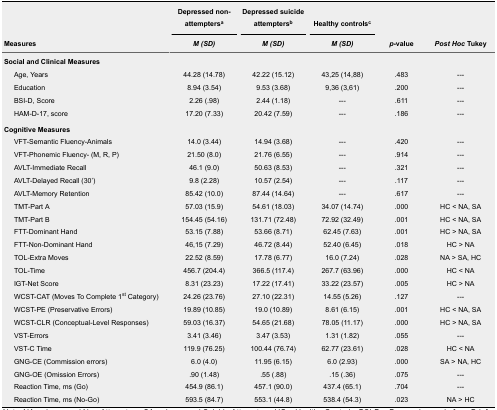
<table><thead><tr><td rowspan="2"><b>Measures</b></td><td><b>Depressed non-attempters<sup>a</sup></b></td><td><b>Depressed suicide attempters<sup>b</sup></b></td><td><b>Healthy controls<sup>c</sup></b></td><td rowspan="2"><b><i>p</i>-value</b></td><td rowspan="2"><b><i>Post Hoc</i> Tukey</b></td></tr><tr><td><b><i>M (SD)</i></b></td><td><b><i>M (SD)</i></b></td><td><b><i>M (SD)</i></b></td></tr></thead><tbody><tr><td colspan="6"><b>Social and Clinical Measures</b></td></tr><tr><td>Age, Years</td><td>44.28 (14.78)</td><td>42.22 (15.12)</td><td>43,25 (14,88)</td><td>.483</td><td>---</td></tr><tr><td>Education</td><td>8.94 (3.54)</td><td>9.53 (3.68)</td><td>9,36 (3,61)</td><td>.200</td><td>---</td></tr><tr><td>BSI-D, Score</td><td>2.26 (.98)</td><td>2.44 (1.18)</td><td>---</td><td>.611</td><td>---</td></tr><tr><td>HAM-D-17, score</td><td>17.20 (7.33)</td><td>20.42 (7.59)</td><td>---</td><td>.186</td><td>---</td></tr><tr><td colspan="6"><b>Cognitive Measures</b></td></tr><tr><td>VFT-Semantic Fluency-Animals</td><td>14.0 (3.44)</td><td>14.94 (3.68)</td><td>---</td><td>.420</td><td>---</td></tr><tr><td>VFT-Phonemic Fluency- (M, R, P)</td><td>21.50 (8.0)</td><td>21.76 (6.55)</td><td>---</td><td>.914</td><td>---</td></tr><tr><td>AVLT-Immediate Recall</td><td>46.1 (9.0)</td><td>50.63 (8.53)</td><td>---</td><td>.321</td><td>---</td></tr><tr><td>AVLT-Delayed Recall (30’)</td><td>9.8 (2.28)</td><td>10.57 (2.54)</td><td>---</td><td>.117</td><td>---</td></tr><tr><td>AVLT-Memory Retention</td><td>85.42 (10.0)</td><td>87.44 (14.64)</td><td>---</td><td>.617</td><td>---</td></tr><tr><td>TMT-Part A</td><td>57.03 (15.9)</td><td>54.61 (18.03)</td><td>34.07 (14.74)</td><td>.000</td><td>HC ˂ NA, SA</td></tr><tr><td>TMT-Part B</td><td>154.45 (54.16)</td><td>131.71 (72.48)</td><td>72.92 (32.49)</td><td>.001</td><td>HC ˂ NA, SA</td></tr><tr><td>FTT-Dominant Hand</td><td>53.15 (7.88)</td><td>53.66 (8.71)</td><td>62.45 (7.63)</td><td>.001</td><td>HC ˃ NA, SA</td></tr><tr><td>FTT-Non-Dominant Hand</td><td>46,15 (7.29)</td><td>46.72 (8.44)</td><td>52.40 (6.45)</td><td>.018</td><td>HC ˃ NA</td></tr><tr><td>TOL-Extra Moves</td><td>22.52 (8.59)</td><td>17.78 (6.77)</td><td>16.0 (7.24)</td><td>.028</td><td>NA ˃ SA, HC</td></tr><tr><td>TOL-Time</td><td>456.7 (204.4)</td><td>366.5 (117.4)</td><td>267.7 (63.96)</td><td>.000</td><td>HC ˂ NA</td></tr><tr><td>IGT-Net Score</td><td>8.31 (23.23)</td><td>17.22 (17.41)</td><td>33.22 (23.57)</td><td>.005</td><td>HC ˃ NA</td></tr><tr><td>WCST-CAT (Moves To Complete 1<sup>st</sup> Category)</td><td>24.26 (23.76)</td><td>27.10 (22.31)</td><td>14.55 (5.26)</td><td>.127</td><td>---</td></tr><tr><td>WCST-PE (Preservative Errors)</td><td>19.89 (10.85)</td><td>19.0 (10.89)</td><td>8.61 (6.15)</td><td>.001</td><td>HC ˂ NA, SA</td></tr><tr><td>WCST-CLR (Conceptual-Level Responses)</td><td>59.03 (16.37)</td><td>54.65 (21.68)</td><td>78.05 (11.17)</td><td>.000</td><td>HC ˃ NA, SA</td></tr><tr><td>VST-Errors</td><td>3.41 (3.46)</td><td>3.47 (3.53)</td><td>1.31 (1.82)</td><td>.055</td><td>---</td></tr><tr><td>VST-C Time</td><td>119.9 (76.25)</td><td>100.44 (76.74)</td><td>62.77 (23.61)</td><td>.028</td><td>HC ˂ NA</td></tr><tr><td>GNG-CE (Commission errors)</td><td>6.0 (4.0)</td><td>11.95 (6.15)</td><td>6.0 (2.93)</td><td>.000</td><td>SA ˃ NA, HC</td></tr><tr><td>GNG-OE (Omission Errors)</td><td>.90 (1.48)</td><td>.55 (.88)</td><td>.15 (.36)</td><td>.075</td><td>---</td></tr><tr><td>Reaction Time, ms (Go)</td><td>454.9 (86.1)</td><td>457.1 (90.0)</td><td>437.4 (65.1)</td><td>.704</td><td>---</td></tr><tr><td>Reaction Time, ms (No-Go)</td><td>593.5 (84.7)</td><td>553.1 (44.8)</td><td>538.4 (54.3)</td><td>.023</td><td>NA ˃ HC</td></tr></tbody></table>